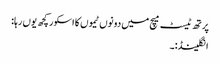
پرتھ ٹیسٹ میچ میں دونوں ٹیموں کا اسکور کچھ یوں رہا:
انگلینڈ:۔